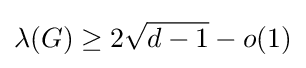
\lambda (G)\geq 2{\sqrt {d-1}}-o(1)